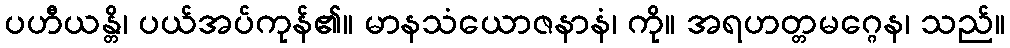
ပဟီယန္တိ၊ ပယ်အပ်ကုန်၏။ မာနသံယောဇနာနံ၊ ကို။ အရဟတ္တမဂ္ဂေန၊ သည်။